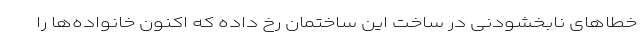
خطاهای نابخشودنی در ساخت این ساختمان رخ داده که اکنون خانواده‌ها را